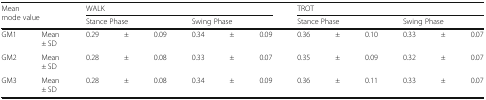
<table><thead><tr><td rowspan="2" colspan="2"><b>Mean mode value</b></td><td colspan="6"><b>WALK</b></td><td colspan="6"><b>TROT</b></td></tr><tr><td colspan="3"><b>Stance Phase</b></td><td colspan="3"><b>Swing Phase</b></td><td colspan="3"><b>Stance Phase</b></td><td colspan="3"><b>Swing Phase</b></td></tr></thead><tbody><tr><td>GM1</td><td>Mean ± SD</td><td>0.29</td><td>±</td><td>0.09</td><td>0.34</td><td>±</td><td>0.09</td><td>0.36</td><td>±</td><td>0.10</td><td>0.33</td><td>±</td><td>0.07</td></tr><tr><td>GM2</td><td>Mean ± SD</td><td>0.28</td><td>±</td><td>0.08</td><td>0.33</td><td>±</td><td>0.07</td><td>0.35</td><td>±</td><td>0.09</td><td>0.32</td><td>±</td><td>0.07</td></tr><tr><td>GM3</td><td>Mean ± SD</td><td>0.28</td><td>±</td><td>0.08</td><td>0.34</td><td>±</td><td>0.09</td><td>0.36</td><td>±</td><td>0.11</td><td>0.33</td><td>±</td><td>0.07</td></tr></tbody></table>